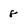
Character: 8